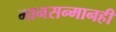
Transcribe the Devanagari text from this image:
मानसन्मानही